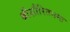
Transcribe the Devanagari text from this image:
श्रीशौरितनमः